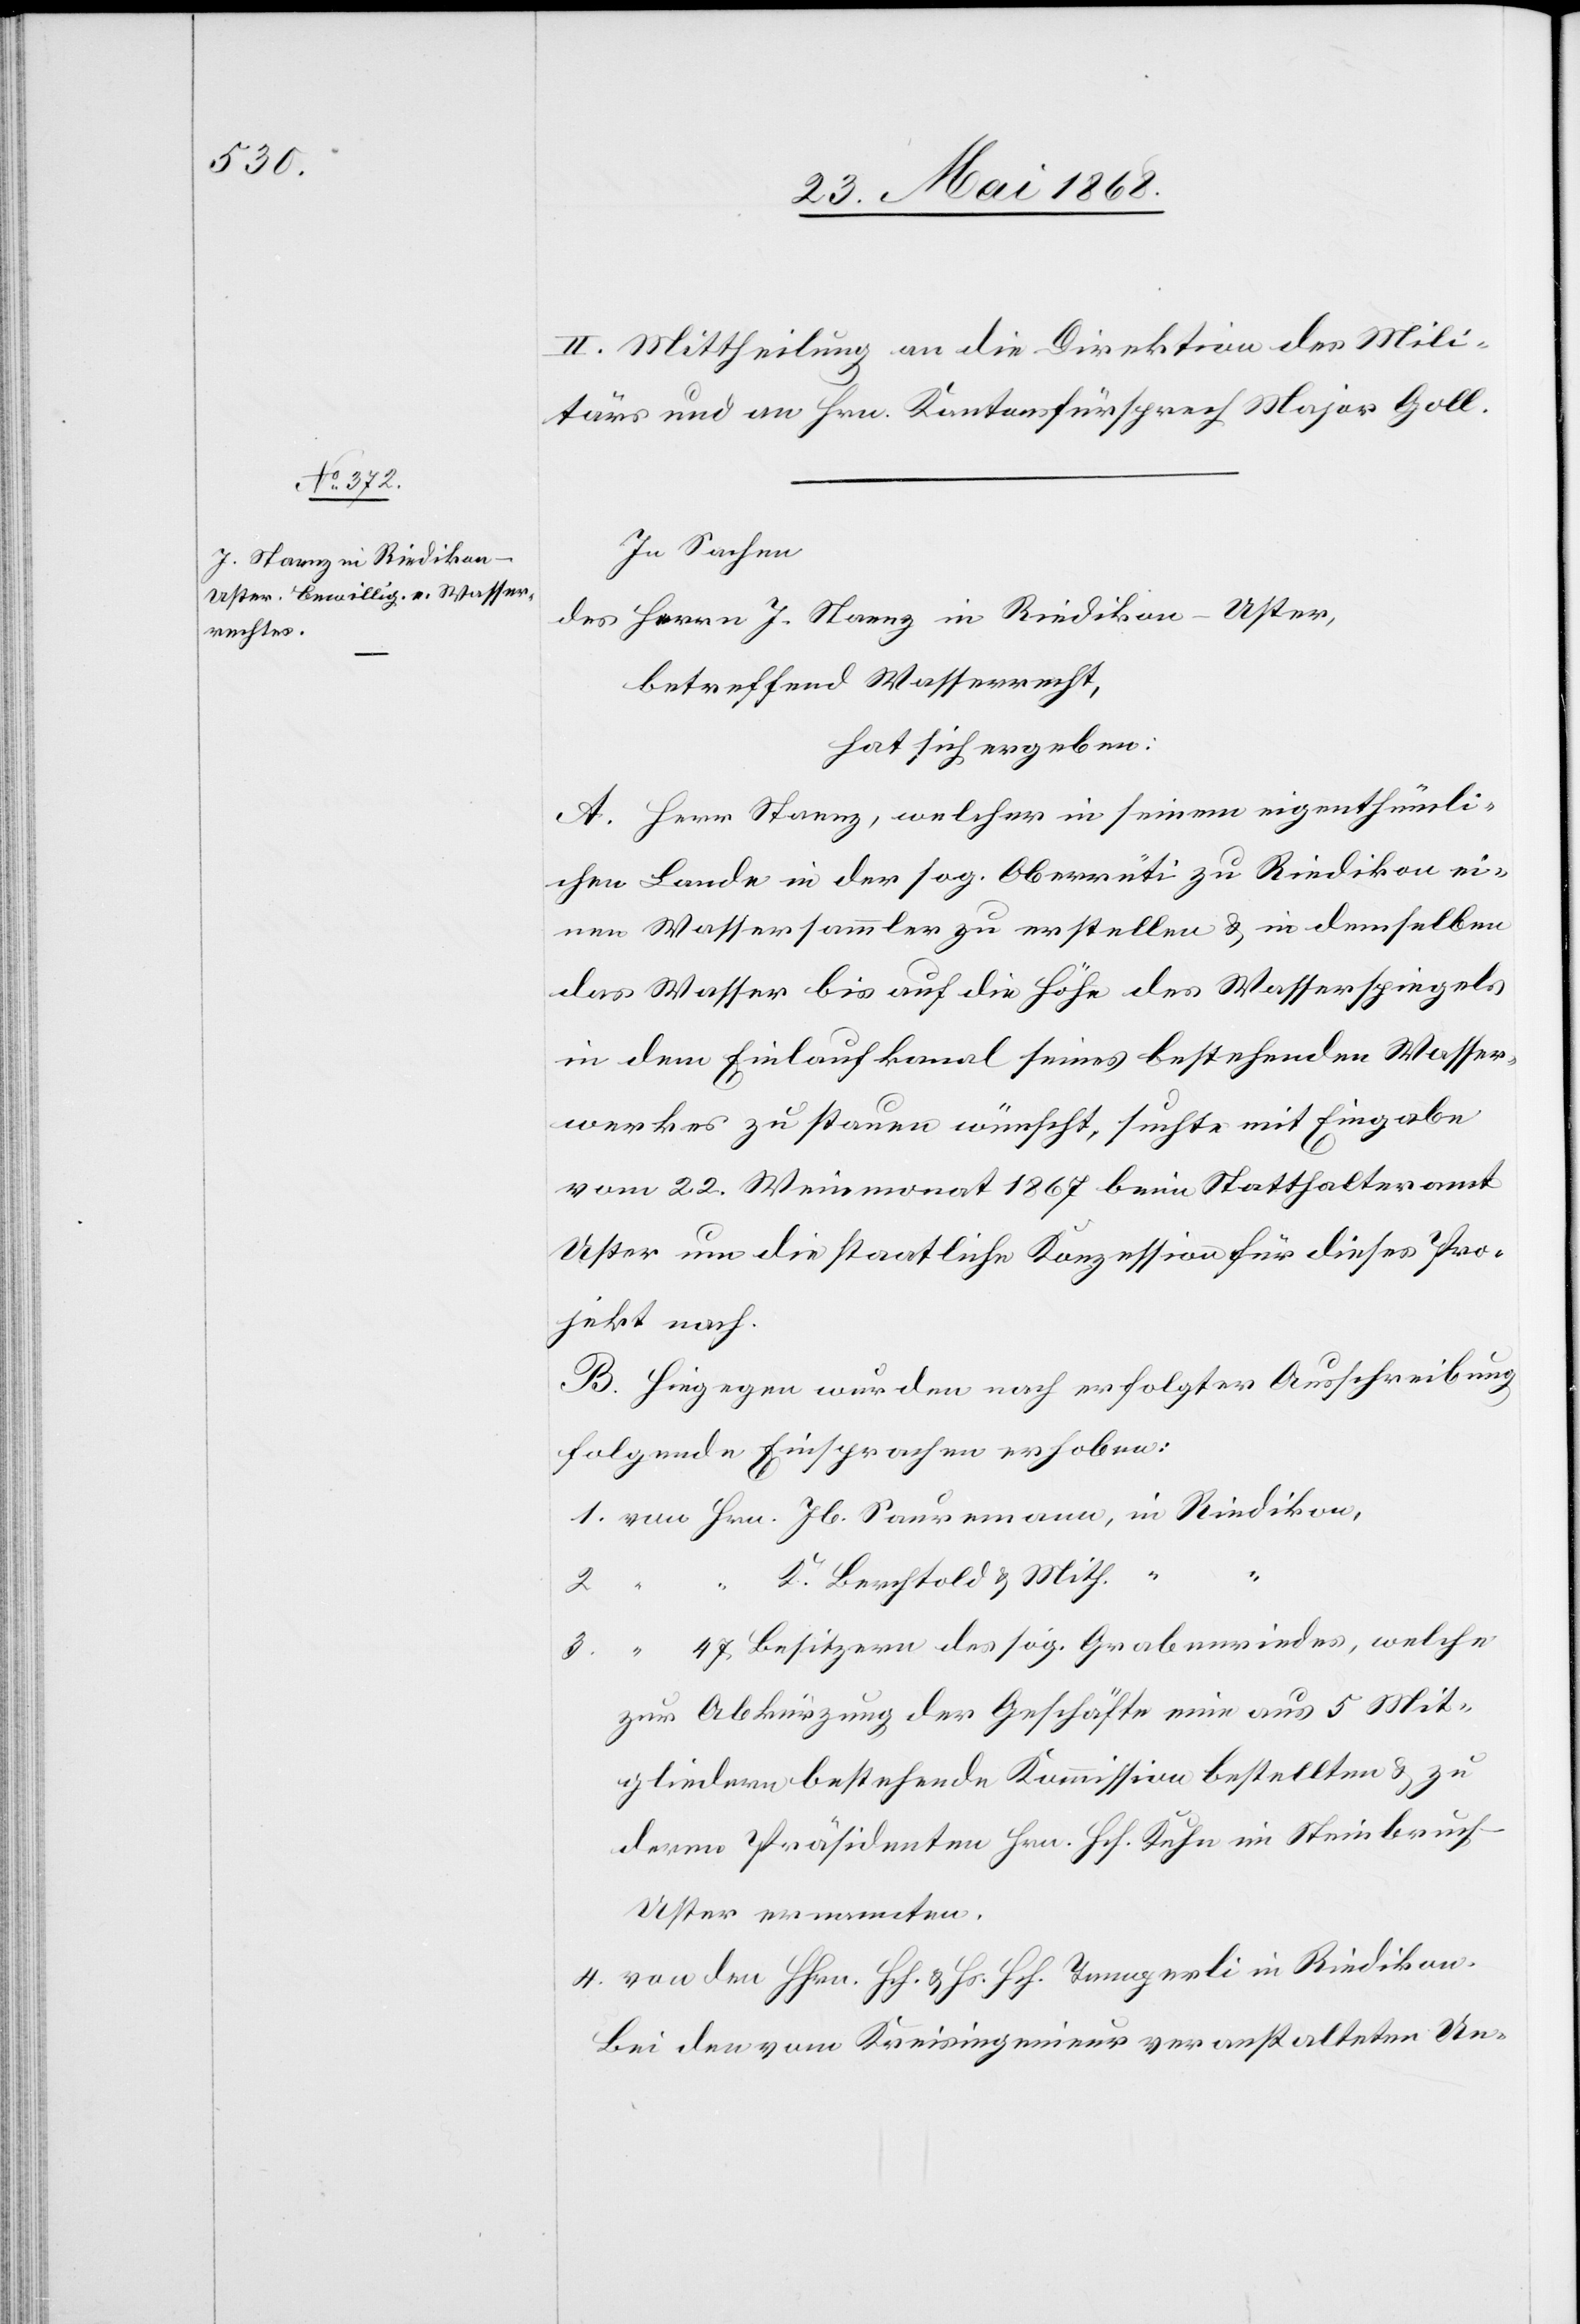
II. Mittheilung an die Direktion des Mili¬
tärs und an Hrn. Kantonsfürsprech Major Goll.
In Sachen
des Herrn J. Staenz in Riedikon-Uster,
betreffend Wasserrecht,
hat sich ergeben:
A. Herr Staenz, welcher in seinem eigenthümli¬
chen Lande in der sog. Oberrüti zu Riedikon ei¬
nen Wassersammler zu erstellen & in demselben
das Wasser bis auf die Höhe des Wasserspiegels
in dem Einlaufkanal seines bestehenden Wasser¬
werkes zu stauen wünscht, suchte mit Eingabe
vom 22. Weinmonat 1867 beim Statthalteramt
Uster um die staatliche Konzession für dieses Pro¬
jekt nach.
B. Hiegegen wurden nach erfolgter Ausschreibung
folgende Einsprachen erhoben:
von Hrn. Jb. Sauremann, in Riedikon,
K. Berchtold & Mith.
4.
2.
“
“ 47 Besitzern des sog. Grabenriedes, welche
zur Abkürzung der Geschäfte eine aus 5 Mit¬
gliedern bestehende Kommission bestellten & zu
deren Präsidenten Hrn. Hch. Kuhn im Steinbruch-U¬
ster ernannten.
von den Hhrn. Hch. & Hs. Hch. Temperli in Riedikon.
Bei den vom Kreisingenieur veranstalteten Un-